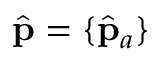
\hat { \bf { p } } = \{ \hat { \bf { p } } _ { a } \}